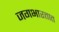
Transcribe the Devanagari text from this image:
जगभारतात